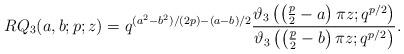
LaTeX: \begin{align*}RQ_3(a,b;p;z)=q^{(a^2-b^2)/(2p)-(a-b)/2}\frac{\vartheta_3\left(\left(\frac{p}{2}-a\right)\pi z;q^{p/2}\right)}{\vartheta_3\left(\left(\frac{p}{2}-b\right)\pi z;q^{p/2}\right)}.\end{align*}